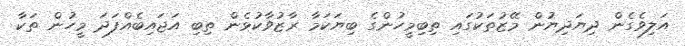
އަލިވެގެން ދިޔަދިޔުން މޭޒުތަކުގައި ތިބިމީހުންގެ ބިޔަކަަމާ ރާޒުވާކުޅެން ތިބި އަޖައިބެއްފަދަ މީހުން ތަކާ